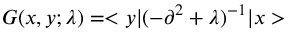
G ( x , y ; \lambda ) = < y | ( - \partial ^ { 2 } + \lambda ) ^ { - 1 } | x >